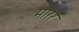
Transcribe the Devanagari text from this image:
मारर